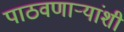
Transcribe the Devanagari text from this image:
पाठवणाऱ्यांशी